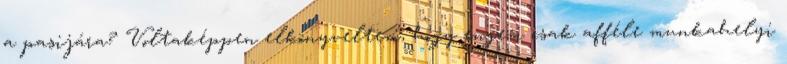
a pasijára? Voltaképpen elkönyveltem, hogy engem csak afféle munkahelyi